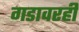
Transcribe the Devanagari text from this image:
गडावरही